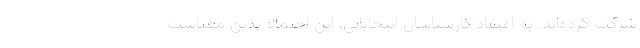
شرکت کرده‌اند. به اعتقاد کارشناسان انتخاباتی، این احتمالا بدین معناست